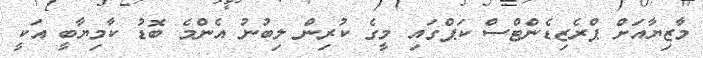
މާޒިޔާއަށް ޕްރެޒިޑެންޓްސް ކަޕްގައި މީގެ ކުރިން ލިބުނު އެންމެ ބޮޑު ކާމިޔާބީ އަކީ